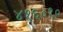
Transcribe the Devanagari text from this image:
४१६०१०